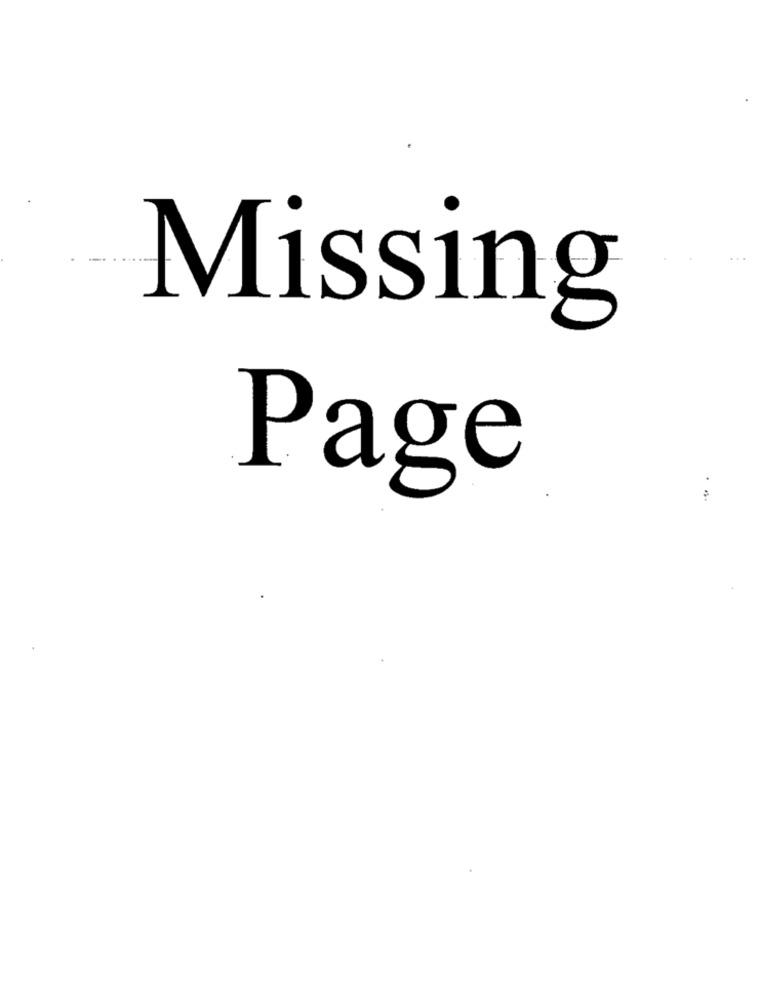
Missing
Page